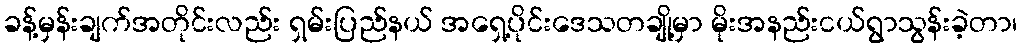
ခန့်မှန်းချက်အတိုင်းလည်း ရှမ်းပြည်နယ် အရှေ့ပိုင်းဒေသတချို့မှာ မိုးအနည်းငယ်ရွာသွန်းခဲ့တာ၊